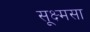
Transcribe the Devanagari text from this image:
सूक्ष्मसा